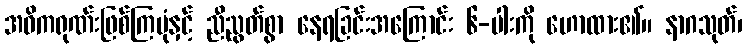
အဓိကရုဏ်းဖြစ်ကြပုံနှင့် ညီညွတ်စွာ နေရခြင်းအကြောင်း ၆-ပါးကို ဟောထား၏။ နာဂသုတ်၊